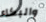
والبكاء